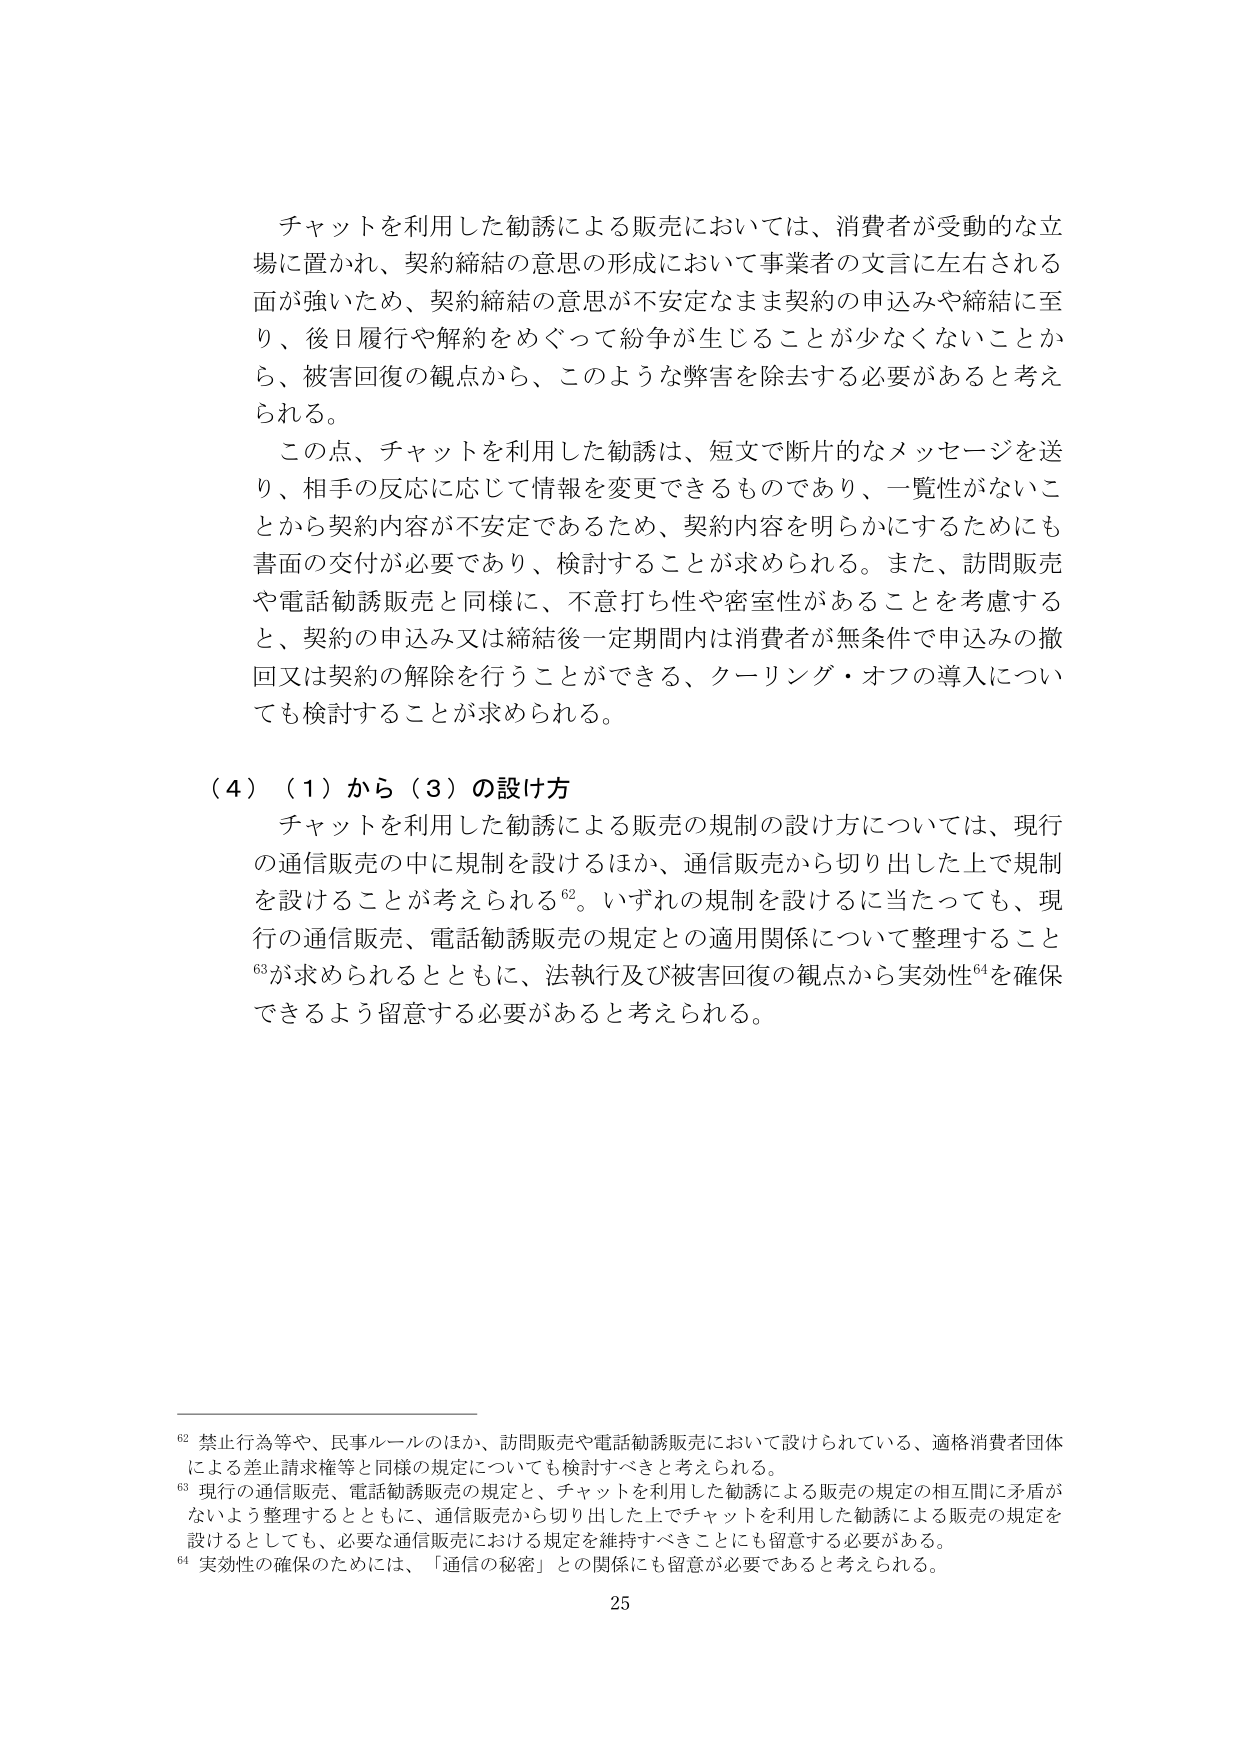
チャットを利用した勧誘による販売においては、消費者が受動的な立場に置かれ、契約締結の意思の形成において事業者の文言に左右される面が強いため、契約締結の意思が不安定なまま契約の申込みや締結に至り、後日履行や解約をめぐって紛争が生じることが少なくないことから、被害回復の観点から、このような弊害を除去する必要があると考えられる。

この点、チャットを利用した勧誘は、短文で断片的なメッセージを送り、相手の反応に応じて情報を変更できるものであり、一覧性がないことから契約内容が不安定であるため、契約内容を明らかにするためにも書面の交付が必要であり、検討することが求められる。また、訪問販売や電話勧誘販売と同様に、不意打ち性や密室性があることを考慮すると、契約の申込み又は締結後一定期間内は消費者が無条件で申込みの撤回又は契約の解除を行うことができる、クーリング・オフの導入についても検討することが求められる。

（４）（１）から（３）の設け方

チャットを利用した勧誘による販売の規制の設け方については、現行の通信販売の中に規制を設けるほか、通信販売から切り出した上で規制を設けることが考えられる⁶²。いずれの規制を設けるに当たっても、現行の通信販売、電話勧誘販売の規定との適用関係について整理すること⁶³が求められるとともに、法執行及び被害回復の観点から実効性⁶⁴を確保できるよう留意する必要があると考えられる。

⁶² 禁止行為等や、民事ルールのほか、訪問販売や電話勧誘販売において設けられている、適格消費者団体による差止請求権等と同様の規定についても検討すべきと考えられる。

⁶³ 現行の通信販売、電話勧誘販売の規定と、チャットを利用した勧誘による販売の規定の相互間に矛盾がないよう整理するとともに、通信販売から切り出した上でチャットを利用した勧誘による販売の規定を設けるとしても、必要な通信販売における規定を維持すべきことにも留意する必要がある。

⁶⁴ 実効性の確保のためには、「通信の秘密」との関係にも留意が必要であると考えられる。

25